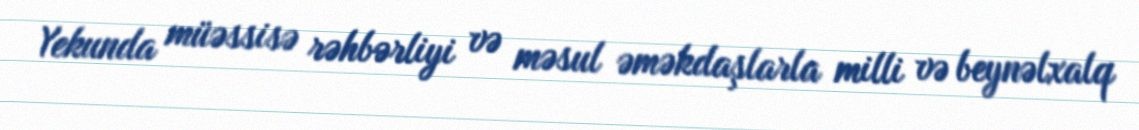
Yekunda müəssisə rəhbərliyi və məsul əməkdaşlarla milli və beynəlxalq